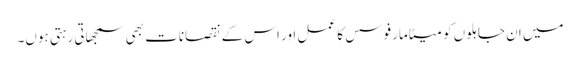
میں ان جاہلوں کو میٹامارفوسس کا عمل اور اس کے نقصانات بھی سمجھاتی رہتی ہوں۔